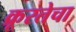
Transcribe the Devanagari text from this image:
क्रूरतेचा